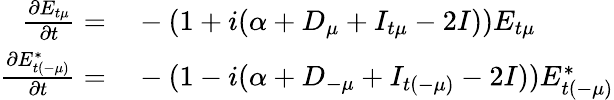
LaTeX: \begin{array}{rl}{\frac{\partial E_{t\mu}}{\partial t}=}&{{}-(1+i(\alpha+D_{\mu}+I_{t\mu}-2I))E_{t\mu}}\\ {\frac{\partial E_{t(-\mu)}^{*}}{\partial t}=}&{{}-(1-i(\alpha+D_{-\mu}+I_{t(-\mu)}-2I))E_{t(-\mu)}^{*}}\end{array}